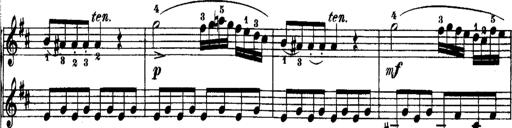
Title: Rondos and Sonatinas for Pianoforte
Composer: Daniel Steibelt